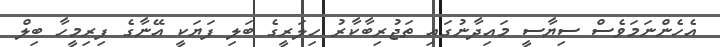
އެހެންނަމަވެސް ސިޔާސީ މައިދާނުގައި ތަޖުރިބާކާރު ހިލަރީގެ ބަލި ފަޔަކީ އޭނާގެ ފިރިމީހާ ބިލް